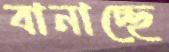
বানাচ্ছে